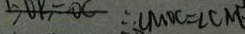
O B = O C \therefore \angle M O C = \angle C M